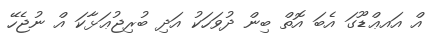
އް އައޢްޑޫގަ އެބަ އޮތް ބިން ދުވަހަކު އަދި ބުރިޖުޢަޅާކަ އް ނުޖެހޭ